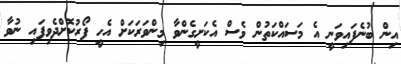
އިން ބުނެފައިވަނީ އެ މަސައްކަތުން ވެސް އެކަށީގެންވާ މިންވަރަކަށް އެހީ ފޯރުކޮށްދެވިފައި ނުވާ